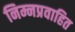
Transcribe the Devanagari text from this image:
निम्नप्रवाहित